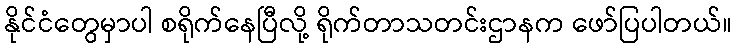
နိုင်ငံတွေမှာပါ စရိုက်နေပြီလို့ ရိုက်တာသတင်းဌာနက ဖော်ပြပါတယ်။